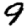
Digit: 9